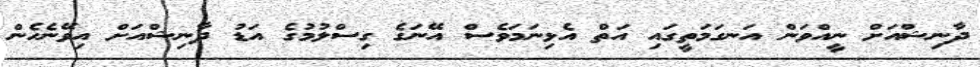
ދާނިޝްއަށް ނީއްވަން އަނގަމަތީގައި އަތް އެޅިނަމަވެސް އޭނަގެ ގިސްލުމުގެ އަޑު ދާނިޝްއަށް އިވޭނެހެން